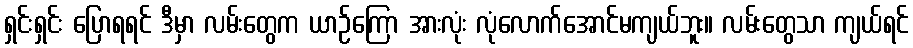
ရှင်းရှင်း ပြောရရင် ဒီမှာ လမ်းတွေက ယာဉ်ကြော အားလုံး လုံလောက်အောင်မကျယ်ဘူး။ လမ်းတွေသာ ကျယ်ရင်